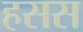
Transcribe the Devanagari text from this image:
हसस